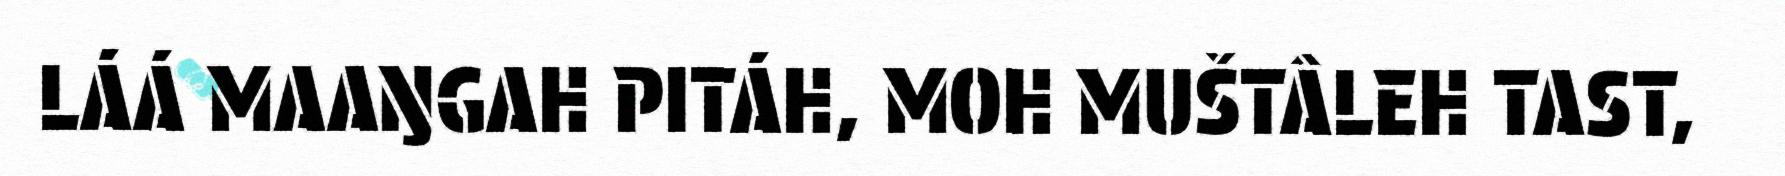
LÁÁ MAAŊGAH PITÁH, MOH MUŠTÂLEH TAST,